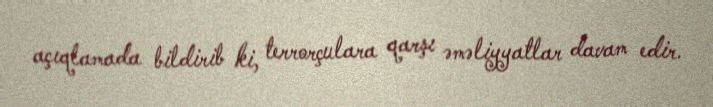
açıqlamada bildirib ki, terrorçulara qarşı əməliyyatlar davam edir.